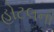
હોટલની